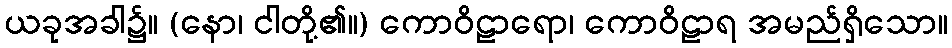
ယခုအခါ၌။ (နော၊ ငါတို့၏။) ကောဝိဠာရော၊ ကောဝိဠာရ အမည်ရှိသော။